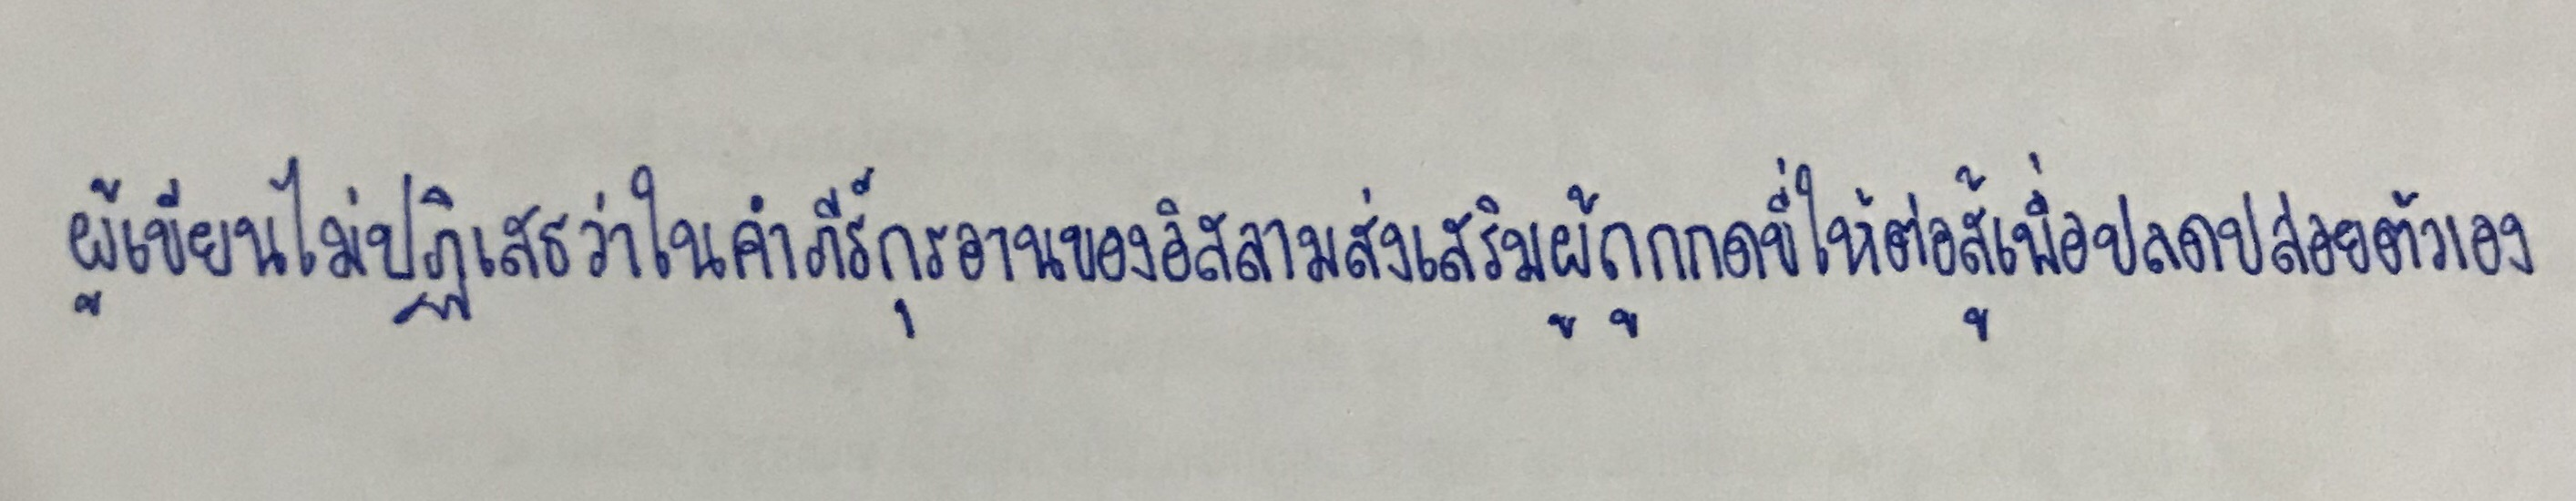
ผู้เขียนไม่ปฏิเสธว่าในคำภีร์กุรอานของอิสลามส่งเสริมผู้ถูกกดขี่ให้ต่อสู้เพื่อปลดปล่อยตัวเอง